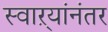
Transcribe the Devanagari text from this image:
स्वाऱ्यांनंतर